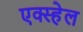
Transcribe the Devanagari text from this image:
एक्स्हेल